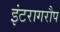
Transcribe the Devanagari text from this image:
इंटरागरौप